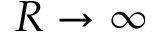
R \to \infty